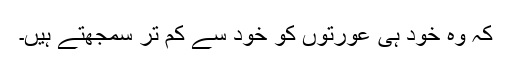
کہ وہ خود ہی عورتوں کو خود سے کم تر سمجھتے ہیں۔